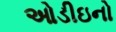
ઓડીઇનો